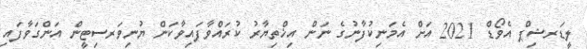
ލީޑަރޝިޕް އެވޯޑް 2021 އަށް އެމަނިކުފާނުގެ ނަން އިޚްތިޔާރު ކުރައްވާފައިވާކަން ޔުނިވަރސިޓީން އަންގަވާފައި